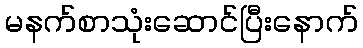
မနက်စာသုံးဆောင်ပြီးနောက်